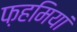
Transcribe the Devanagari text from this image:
फ़हमियां